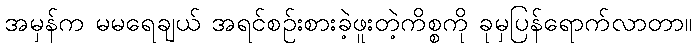
အမှန်က မမရေချယ် အရင်စဉ်းစားခဲ့ဖူးတဲ့ကိစ္စကို ခုမှပြန်ရောက်လာတာ။